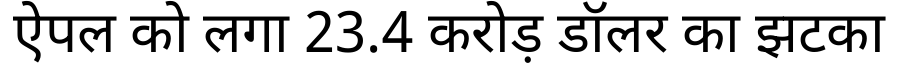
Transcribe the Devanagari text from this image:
ऐपल को लगा 23.4 करोड़ डॉलर का झटका